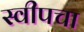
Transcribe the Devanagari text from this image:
स्वीपचा